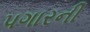
પગારની